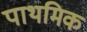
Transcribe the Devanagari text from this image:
पाथमिक